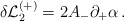
\begin{align*}\delta{\cal L}_2^{(+)} = 2 A_-\partial_+\alpha\,.\end{align*}